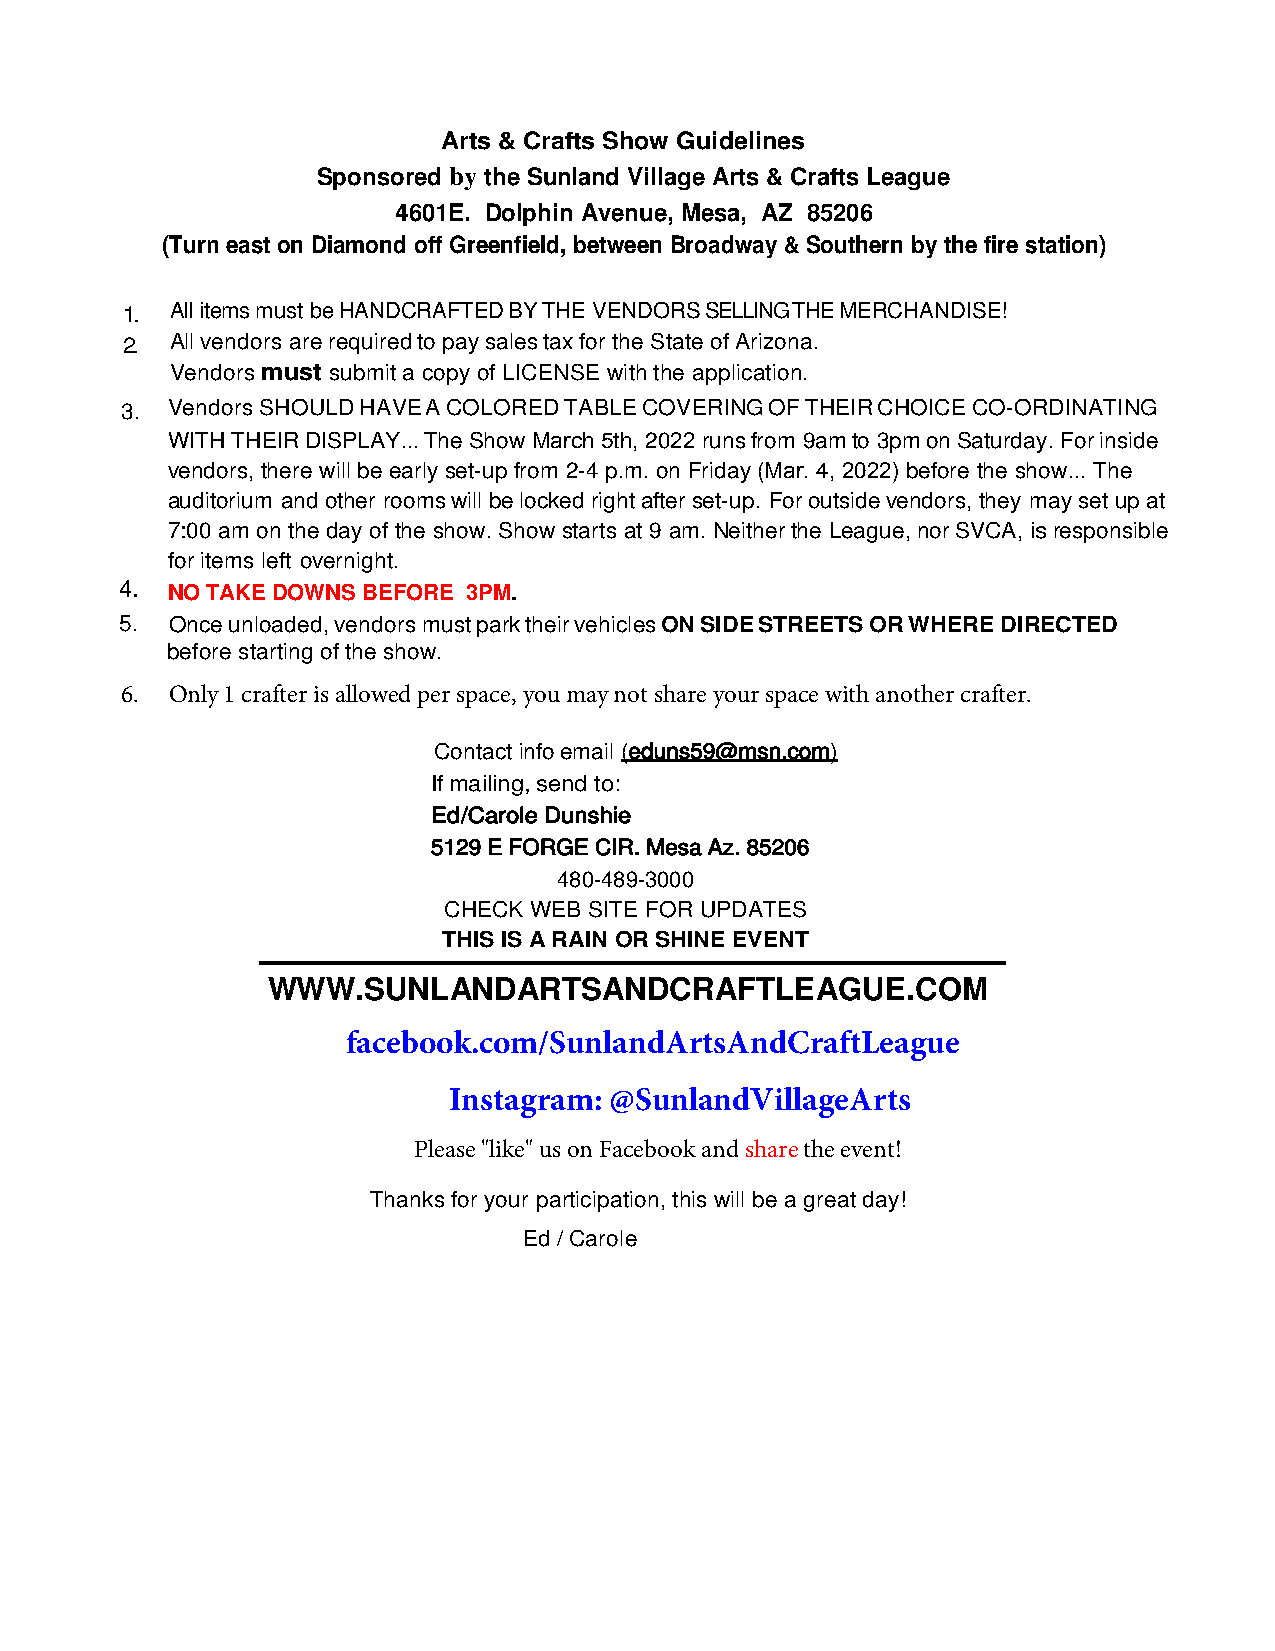
Arts & Crafts Show Guidelines
 Sponsored by the Sunland Village Arts & Crafts League
 4601E. Dolphin Avenue, Mesa, AZ 85206
 (Turn east on Diamond off Greenfield, between Broadway & Southern by the fire station)
 1. All items must be HANDCRAFTED BY THE VENDORS SELLING THE MERCHANDISE!
 2. All vendors are required to pay sales tax for the State of Arizona.
 Vendors must submit a copy of LICENSE with the application.
 3. Vendors SHOULD HAVE A COLORED TABLE COVERING OF THEIR CHOICE CO-ORDINATING
 WITH THEIR DISPLAY... The Show March 5th, 2022 runs from 9am to 3pm on Saturday. For inside
 vendors, there will be early set-up from 2-4 p.m. on Friday (Mar. 4, 2022) before the show... The
 auditorium and other rooms will be locked right after set-up. For outside vendors, they may set up at
 7:00 am on the day of the show. Show starts at 9 am. Neither the League, nor SVCA, is responsible
 for items left overnight.
 4. NO TAKE DOWNS BEFORE 3PM.
 5. Once unloaded, vendors must park their vehicles ON SIDE STREETS OR WHERE DIRECTED
 before starting of the show.
 6. Only 1 crafter is allowed per space, you may not share your space with another crafter.
 Contact info email (eduns59@msn.com)
 If mailing, send to:
 Ed /Carole Dunshie
 5129 E FORGE CIR. Mesa Az. 85206
 480-489-3000
 CHECK WEB SITE FOR UPDATES
 THIS IS A RAIN OR SHINE EVENT
 WWW.SUNLANDARTSANDCRAFTLEAGUE.COM
 facebook.com/SunlandArtsAndCraftLeague
 Instagram: @SunlandVillageArts
 Please "like" us on Facebook and share the event!
 Thanks for your participation, this will be a great day!
 Ed / Carole